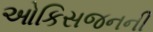
ઓકિસજનની